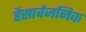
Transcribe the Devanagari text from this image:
हैसार्वजनिक